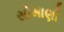
સોમાણી